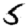
Digit: 5